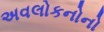
અવલોકનોનો